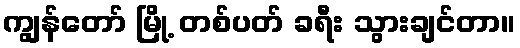
ကျွန်တော် မြို့ တစ်ပတ် ခရီး သွားချင်တာ။